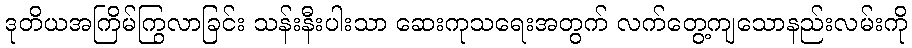
ဒုတိယအကြိမ်ကြွလာခြင်း သန်းနီးပါးသာ ဆေးကုသရေးအတွက် လက်တွေ့ကျသောနည်းလမ်းကို